Annual statistical returns and brief notes on vaccination in Bengal - 1887-1898
Year: 1887
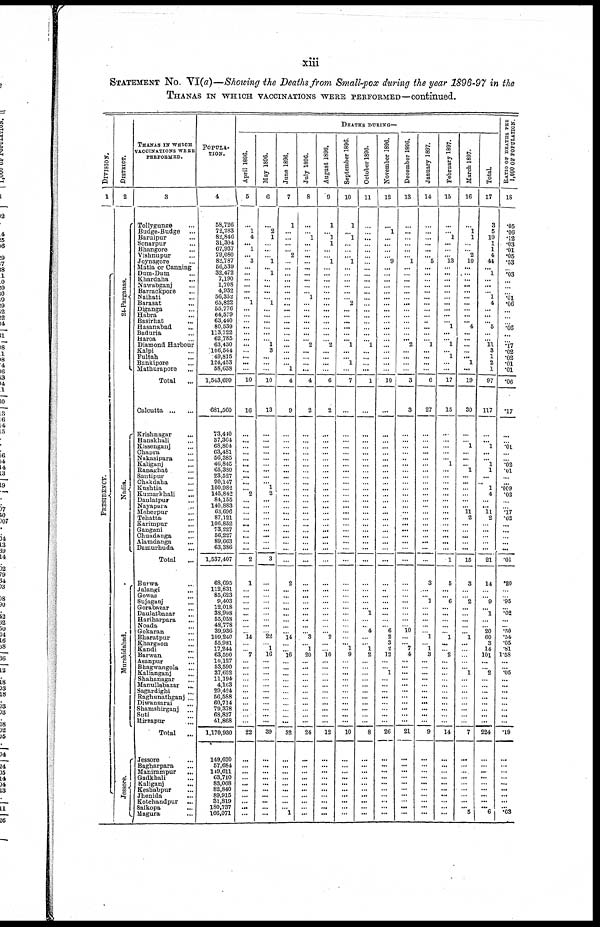
xiii
STATEMENT NO. VI(a)—Showing the Deaths from Small-pox during the year 1896-97 in the
THANAS IN WHICH VACCINATIONS WERE PERFORMED—continued.
DIVISION.
1
PRESIDENCY.
DISTRICT.
2
24-Parganas.
Nadia.
Murshidabad.
Jessore.
THANAS IN WHICH
VACCINATIONS WERE
PERFORMED.
3
Tollygunge ...
Budge-Budge ...
Baruipur ...
Sonarpur ...
Bhangore ...
Vishnupur ...
Joynagore ...
Matla or Canning
Dum-Dum
...
Khardaha
...
Nawabganj ...
Barrackpore ...
Naihati ...
Barasat ...
Diganga
...
Habra ...
Basirhat ...
Hasanabad ...
Baduria ...
Haroa ...
Diamond Harbour
Kalpi ...
Fultah ...
Bankipore ...
Mathurapore ...
Total
...
Calcutta ... ...
Krishnagar ...
Hanskhali ...
Kissenganj ...
Chapra ...
Nakasipara ...
Kaliganj ...
Ranaghat ...
Santipur ...
Chakdaha ...
Kushtia ...
Kumarkhali ...
Daulatpur ...
Nayapara ...
Meherpur ...
Tehatta ...
Karimpur ...
Gangani ...
Chuadanga ...
Alamdanga ...
Damurhuda ...
Total ...
Burwa ...
Jalangi ...
Gowas ...
Sujaganj ...
Gorabazar ...
Daulatbazar ...
Hariharpara ...
Noada ...
Gokaran ...
Bharatpur ...
Khargaon ...
Kandi ...
Barwan ...
Asanpur ...
Bhagwangola ...
Kalianganj ...
Shahanagar ...
Manullabazar ...
Sagardighi ...
Raghunathganj ...
Diwansarai
...
Shamshirganj ...
suti
...
Mirzapur
...
Total
...
Jessore ...
Bagharpara ...
Manirampur
...
Gadkhali ...
Kaliganj
...
Keshabpur ...
Jhenida
...
Kotchandpur ...
Salkopa ...
Magura ...
POPULA-
TION.
4
58,726
72,283
82,846
31,304
67,937
79,080
82,787
56,539
32,472
7,190
1,708
4,932
56,352
65,822
55,776
64,579
63,440
80,539
113,722
62,785
63,430
106,544
49,815
124,453
58,638
1,543,699
681,560
73,440
37,364
68,804
63,481
56,385
46,845
65,380
23,527
90,147
100,982
145,842
84,155
140,883
63,696
87,121
106,852
73,227
56,227
89,663
63,386
1,537,407
63,695
112,831
85,623
9,403
12,018
38,998
55,058
48,778
39,936
109,240
55,981
17,244
63,590
10,127
53,590
37,652
11,194
4,163
29,424 56,588 60,714 79,378 68,837 41,868
1,170,930
149,620
57,684
149,611
63,710
83,068
82,840
89,915 31,819 180,737
166,071
DEATHS DURING—
April 1896.
5
...
1
4
... 1
... 3
...
...
...
...
... ...
1
...
...
...
...
...
...
...
...
...
...
...
10
16
...
...
...
...
...
...
...
...
...
... 2
...
...
...
...
...
...
...
...
...
2
1
...
...
...
...
...
...
...
...
l4
...
...
7
...
...
...
...
...
...
...
...
...
...
...
22
...
...
...
...
...
...
...
...
...
...
May 1896.
6
...
2
1
...
...
...
1
... 1
...
...
...
...
1
...
...
...
...
...
...
1
3
...
...
...
10
13
...
...
...
...
...
...
...
...
...
1
2
...
...
...
...
...
...
...
...
...
3
...
...
...
...
...
...
...
...
...
22
...
1
16
...
...
...
...
...
...
...
...
...
...
...
39
...
...
...
...
...
...
...
...
...
...
June 1896.
7
1
...
...
...
...
2
...
...
...
...
...
...
...
...
...
...
...
...
...
...
...
...
...
... 1
4
9
...
...
...
...
...
...
...
...
...
...
...
...
...
...
...
...
...
...
...
...
...
2
...
...
...
...
...
...
...
... 14
...
...
16
...
...
...
...
...
...
...
...
...
...
...
32
...
...
...
...
...
...
...
...
...
1
July 1896.
8
...
...
1
...
...
...
...
...
...
...
...
...
1
...
...
...
...
...
...
... 2
...
...
...
...
4
2
...
...
...
...
...
...
...
...
...
...
...
...
...
...
...
...
...
...
...
...
...
...
...
...
...
...
...
...
...
... 3
...
1
20
...
...
...
...
...
...
...
...
...
...
...
24
...
...
...
...
...
...
...
...
...
...
August 1896.
9
1
...
1
1
...
...
1
...
...
...
...
...
...
...
...
...
...
...
...
...
2
...
...
...
...
6
2
...
...
...
...
...
...
...
...
...
...
...
...
...
...
...
...
...
...
...
...
...
...
...
...
...
...
...
...
...
... 2
...
... 10
...
...
...
...
...
...
...
...
...
...
...
12
...
...
...
...
...
...
...
...
...
...
September 1896.
10
1
...
1
...
...
... 1
...
...
...
...
...
...
2
...
...
...
...
...
... 1
...
...
1
...
7
...
...
...
...
...
...
...
...
...
...
...
...
...
...
...
...
...
...
...
...
...
...
...
...
...
...
...
...
...
...
...
...
... 1
9
...
...
...
...
...
...
...
...
...
...
...
10
...
...
...
...
...
...
...
...
...
...
October 1896.
11
...
...
...
...
...
...
...
...
...
...
...
...
...
...
...
...
...
...
...
...
1
...
...
...
...
1
...
...
...
...
...
...
...
...
...
...
...
...
...
...
...
...
...
...
...
...
...
...
...
...
...
...
...
1
...
...
4
...
... 1
2
...
...
...
...
...
...
...
...
...
...
...
8
...
...
...
...
...
...
...
...
...
...
November 1896.
12
...
1
...
...
...
... 9
...
...
...
...
...
...
...
...
...
...
...
...
...
...
...
...
...
...
10
...
...
...
...
...
...
...
...
...
...
...
...
...
...
...
...
...
...
...
...
...
...
...
...
...
...
...
...
...
... 6
2
3
2
12
...
... 1
...
...
...
...
...
...
...
...
26
...
...
...
...
...
...
...
...
...
...
December 1896.
13
...
...
...
...
...
...
1
...
...
...
...
...
...
...
...
...
...
...
...
... 2
...
...
...
...
3
3
...
...
...
...
...
...
...
...
...
...
...
...
...
...
...
...
...
...
...
...
...
...
...
...
...
...
...
...
...
10
...
... 7
4
...
...
...
...
...
...
...
...
...
...
...
21
...
...
...
...
...
...
...
...
...
...
January 1897.
14
...
...
...
...
...
...
5
...
...
...
...
...
...
...
...
...
...
...
...
... 1
...
...
...
...
6
27
...
...
...
...
...
...
...
...
...
...
...
...
... ...
...
...
...
...
...
...
...
3
...
...
1
...
...
...
...
...
1
...
1
3
...
...
...
...
...
...
...
...
...
...
...
9
...
...
...
...
...
...
...
...
...
...
February 1897.
15
...
...
1
...
...
...
13
...
...
...
...
...
...
...
...
...
...
1
...
...
1
... 1
...
...
17
15
...
...
...
...
...
1
...
...
...
...
...
...
...
...
...
...
...
...
...
...
1
5
...
...
6
...
...
...
...
...
1
...
... 2
...
...
...
...
...
...
...
...
...
...
...
14
...
...
...
...
...
...
...
...
...
...
March 1897.
16
...
1
1
...
... 2
10
...
...
...
...
...
...
...
...
...
... 4
...
...
...
...
... 1
...
19
30
...
...
1
...
...
... 1
...
...
...
...
...
... 11
2
...
...
...
...
...
15
3
...
...
2
...
...
...
...
... 1
...
...
...
...
... 1
...
...
...
...
...
...
...
...
7
...
...
...
...
...
...
...
...
...
5
Total.
17
3
5
10
1
1
4
44
... 1
...
...
... 1
4
...
...
... 5
...
... 11
3
1
2
1
97
117
...
... 1
...
...
1
1
...
... 1
4
...
... 11
2
...
...
...
...
...
21
14
...
...
9
... 1
...
...
20
60
3
14
101
...
...
2
...
...
...
...
...
...
...
...
224
...
...
...
...
...
...
...
...
...
6
RATIO OF DEATHS PER
1,000 OF POPULATION.
18
.05
.06
.12
.03
.01
.05
.53
...
.03
...
...
...
.01
.06
...
...
...
.06
...
...
.17
.02
.02
.01
.01
.06
.17
...
...
.01
...
...
.02
.01
...
...
.009
.02
...
...
.17
.02
...
...
...
...
...
.01
.20
...
...
.95
...
.02
...
... .50
.54
.05
.81
1.58
...
... .05
...
...
...
...
...
...
...
...
.19
...
...
...
...
...
...
...
...
...
.03